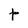
Character: t